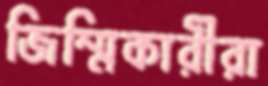
জিম্মিকারীরা